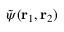
\tilde { \psi } ( \mathbf { r } _ { 1 } , \mathbf { r } _ { 2 } )